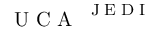
\mathrm { ~ U ~ C ~ A ~ } ^ { \mathrm { ~ \tiny ~ J ~ E ~ D ~ I ~ } }